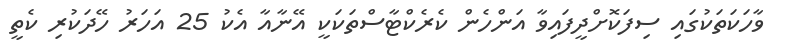
ވާހަކަތަކުގައި ސިފަކޮށްދީފައިވާ އަންހެން ކެރެކްޓާސްތަކަކީ އޭނާއާ އެކު 25 އަހަރު ހޭދަކުރި ކެތީ